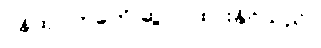
ဝန်ထုပ်တခုကို ဆွဲငင်ထားနိုင်သည်။